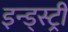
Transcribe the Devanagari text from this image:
इन्ड्स्ट्री